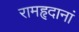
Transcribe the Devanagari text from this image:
रामहृदानां